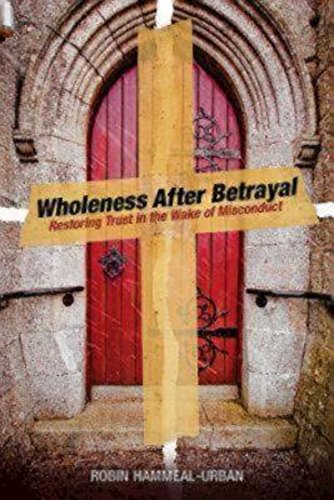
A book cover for Wholeness After Betrayal: Restoring Trust in the Wake of Misconduct; Robin Hammeal-Urban; Christian Books & Bibles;